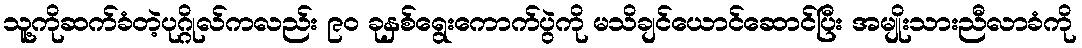
သူ့ကိုဆက်ခံတဲ့ပုဂ္ဂိုလ်ကလည်း ၉၀ ခုနှစ်ရွေးကောက်ပွဲကို မသိချင်ယောင်ဆောင်ပြီး အမျိုးသားညီလာခံကို